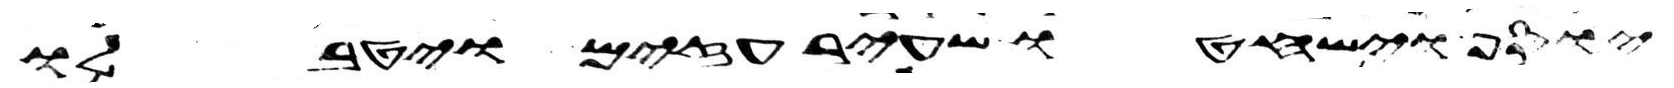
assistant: יוסף וישחטו שעיר עזים ויטבלו